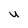
Character: U